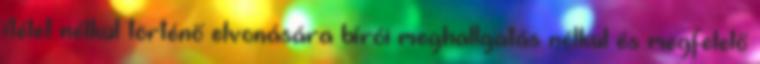
ítélet nélkül történő elvonására bírói meghallgatás nélkül és megfelelő